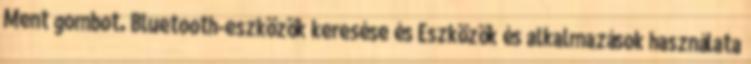
Ment gombot. Bluetooth-eszközök keresése és Eszközök és alkalmazások használata